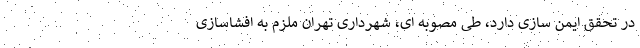
در تحقق ایمن سازی دارد، طی مصوبه ای، شهرداری تهران ملزم به افشاسازی